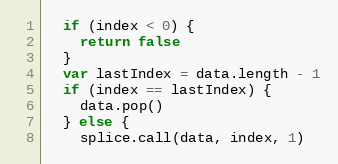
Language: JavaScript
  if (index < 0) {
    return false
  }
  var lastIndex = data.length - 1
  if (index == lastIndex) {
    data.pop()
  } else {
    splice.call(data, index, 1)